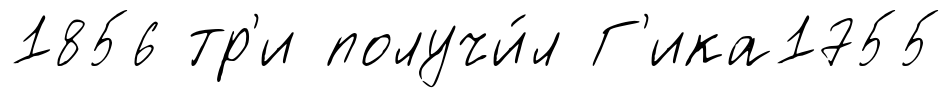
1856 тр'и получи́л Г'ика1755